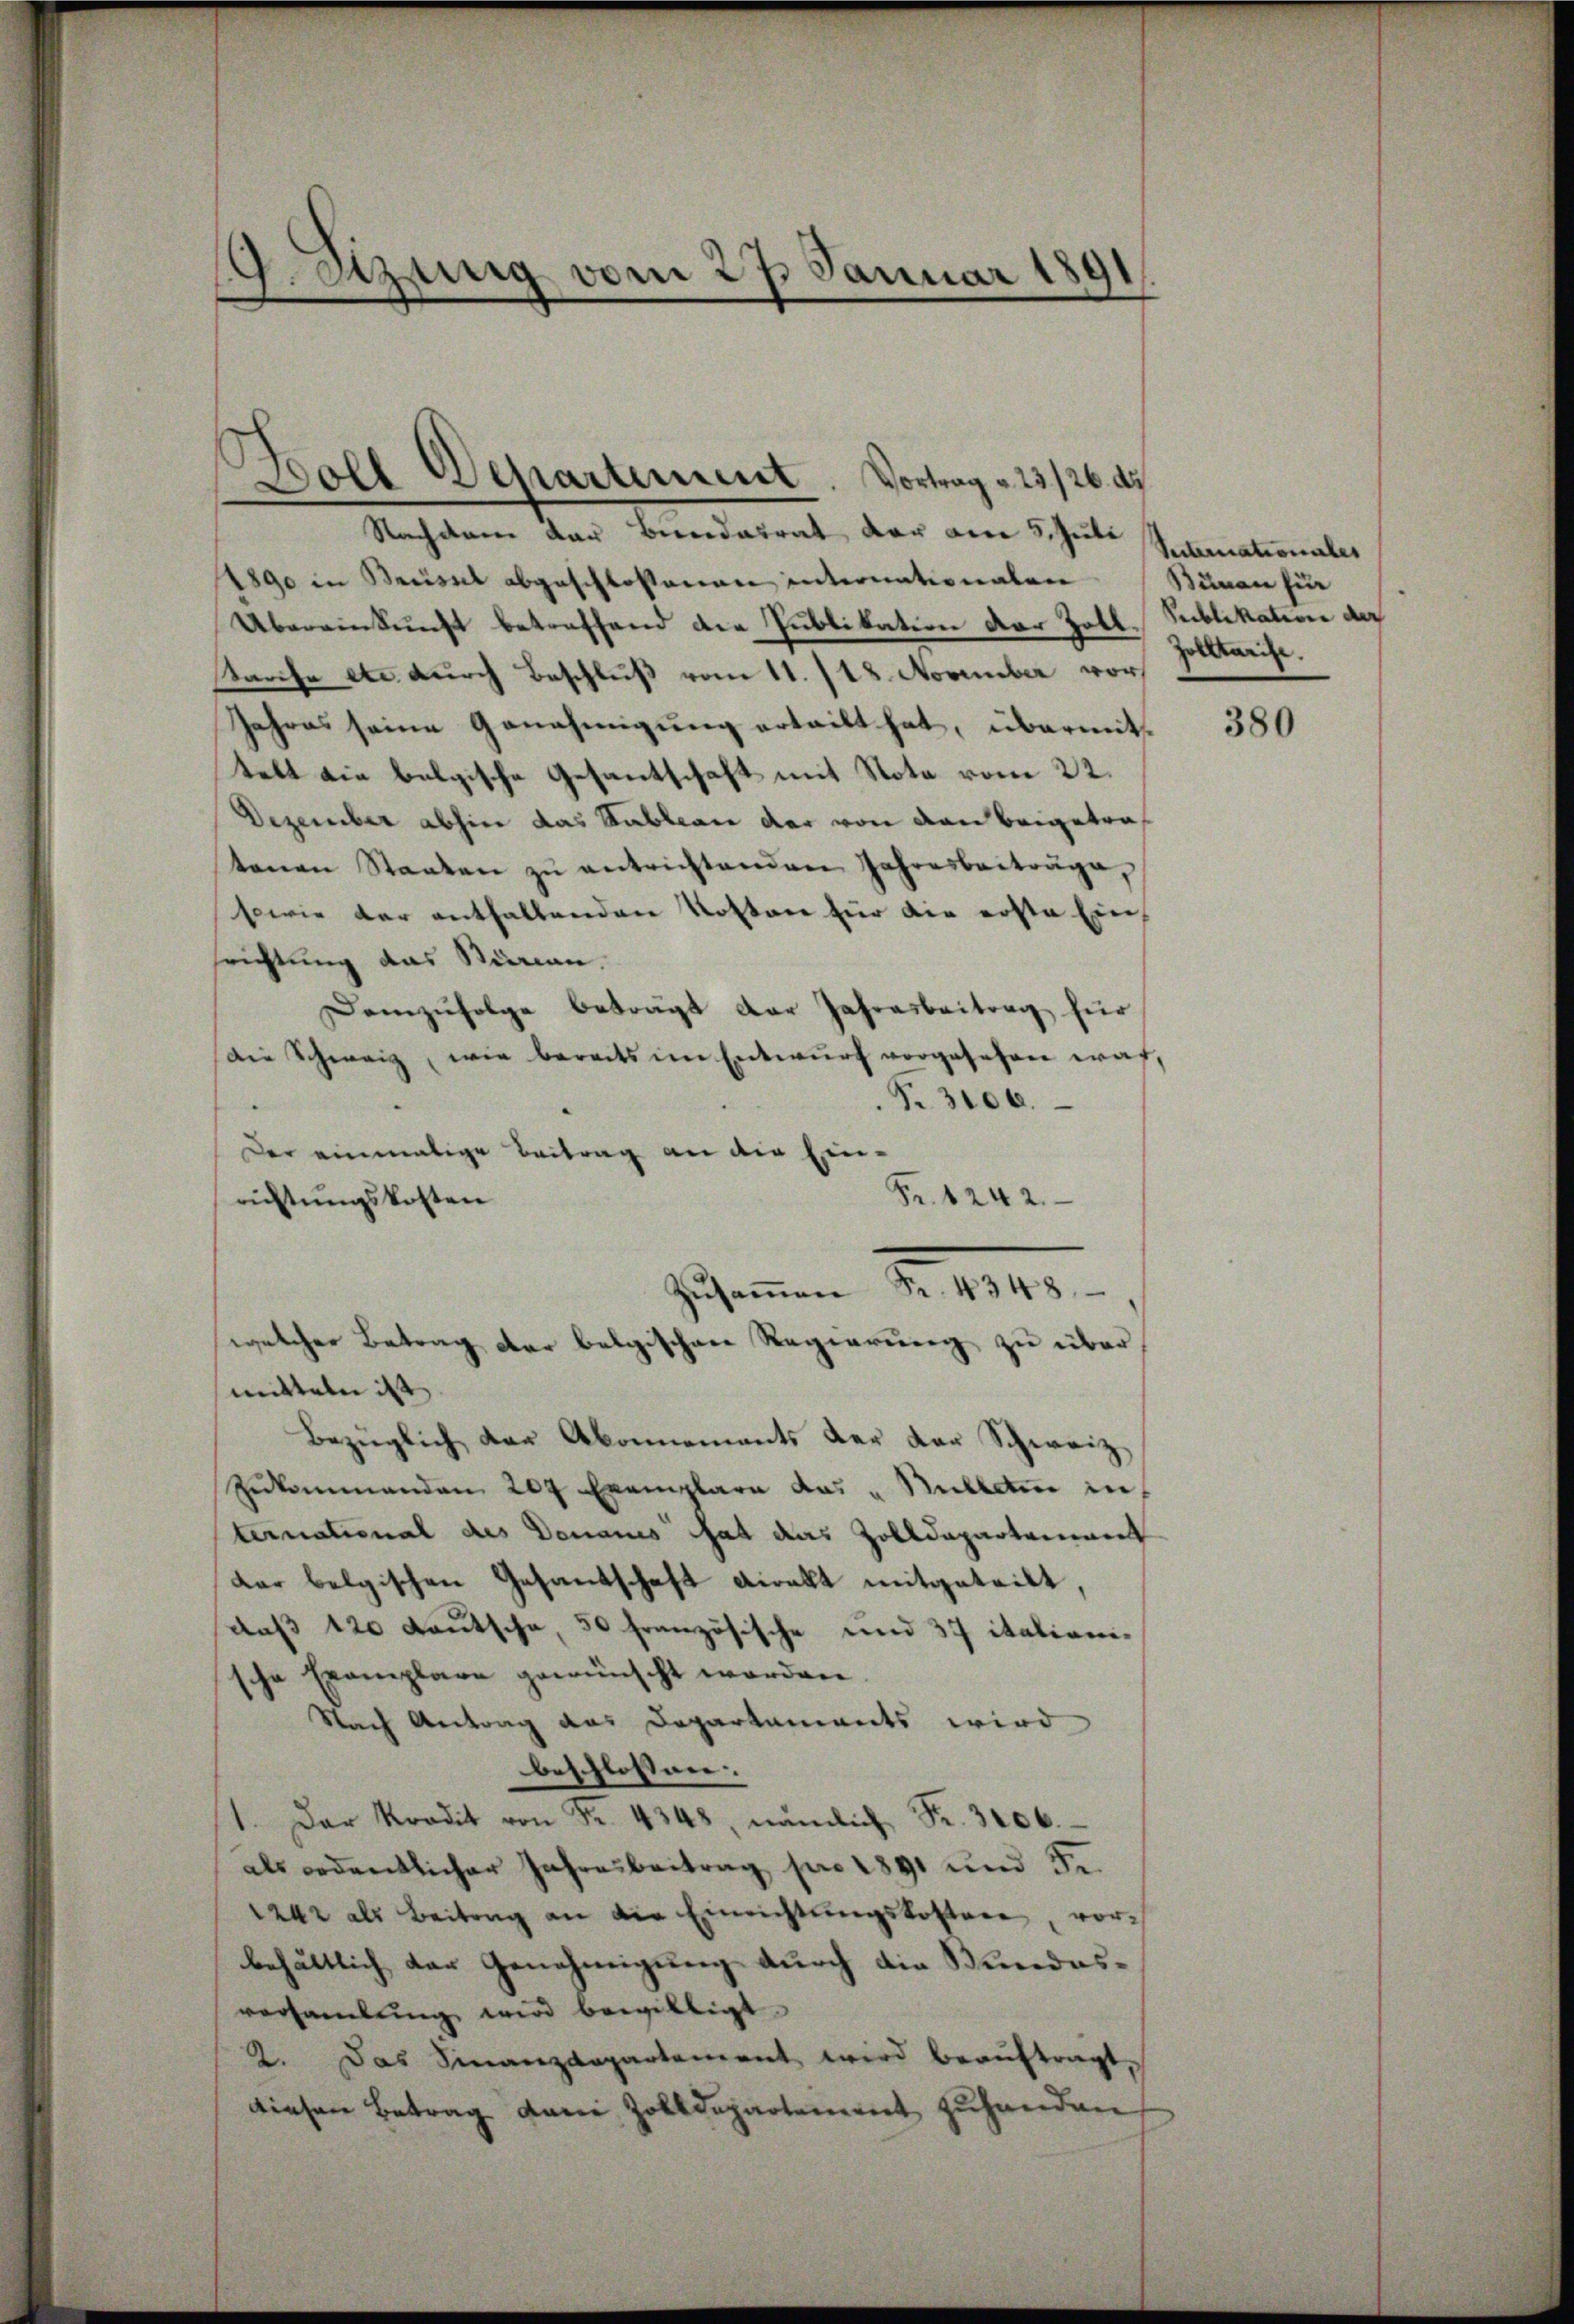
)
9. Sitzung vom 27. Januar 18.

Nachdem der Beredatrat der am 5. Juli
1890 in Bassel abgeschlossenen internationalen
Übereinkunft betreffend die Publikation der Zoll.
tarche etc. durch Beschluß vom 11. 118. November vor
Jahres seine Genehmigung erteilt hat, übermittelt die belgische Gesantschaft mit Nota vom 22.
Dezember abhin das Stableau dar von den beigetraf
tanen Staaten zŭ entrichtenden Jahresbeiträge,
sowie der enthaltenden Kostere für die erste Ein
srichtung das Stimen.
Demzufolge beträgt der Jahresbeitrag für
Die Schweiz, wie bereits im Entwurf vorgesehen war,
Nr. 3100.
Der einmalige Beitrag an die Ein¬
Fr. 1242.
richtungskosten
welcher Betrag der belgischen Regierung zu übermitteln ist |
Bezüglich der Abonnements der der Schweiz
Zukommenden 207 Exemplare das „Bulletine in
ternational des Donaues hat das Zolldepartement
der belgischen Gesantschaft direkt mitgeteilt,
daß 120 Kautscha, 50 französische und 37 italiani-
 Exemplare gewünscht worden
¬
Nach Antrag das Departaments wird
beschlossen:
1. Der Kredit von Fr. 4348, nämlich Fr. 3106.
als ordentlicher Jahresbeitrag pro 1891 und Fe
1242 als Beitrag an die Einrichtŭngskostere, vorbehältlich der Genehmigung durch die Stundesversaṁlŭng wird bewilligt.
2. Das Finanzdepartement wird beaŭftragt,
diesen Betrag dani, Zolldepartement zuhanden

Soll Departement. Vortrag v. 23./26. d.

Zŭsaṁen Fr. 4348.

Seiternationales
Bünen für
Publikation der
Zolltarise.

380